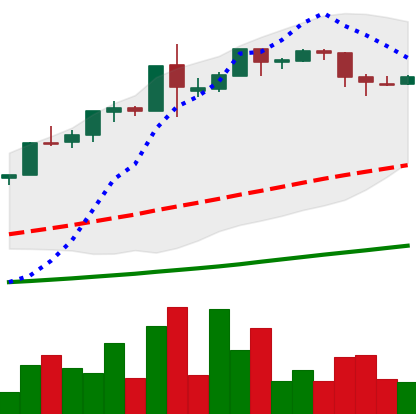
Ticker: BTC-USD
Chart end date: 2015-12-23
Forward return: -4.548%
Label: down_3_5